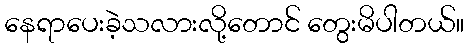
နေရာပေးခဲ့သလားလို့တောင် တွေးမိပါတယ်။